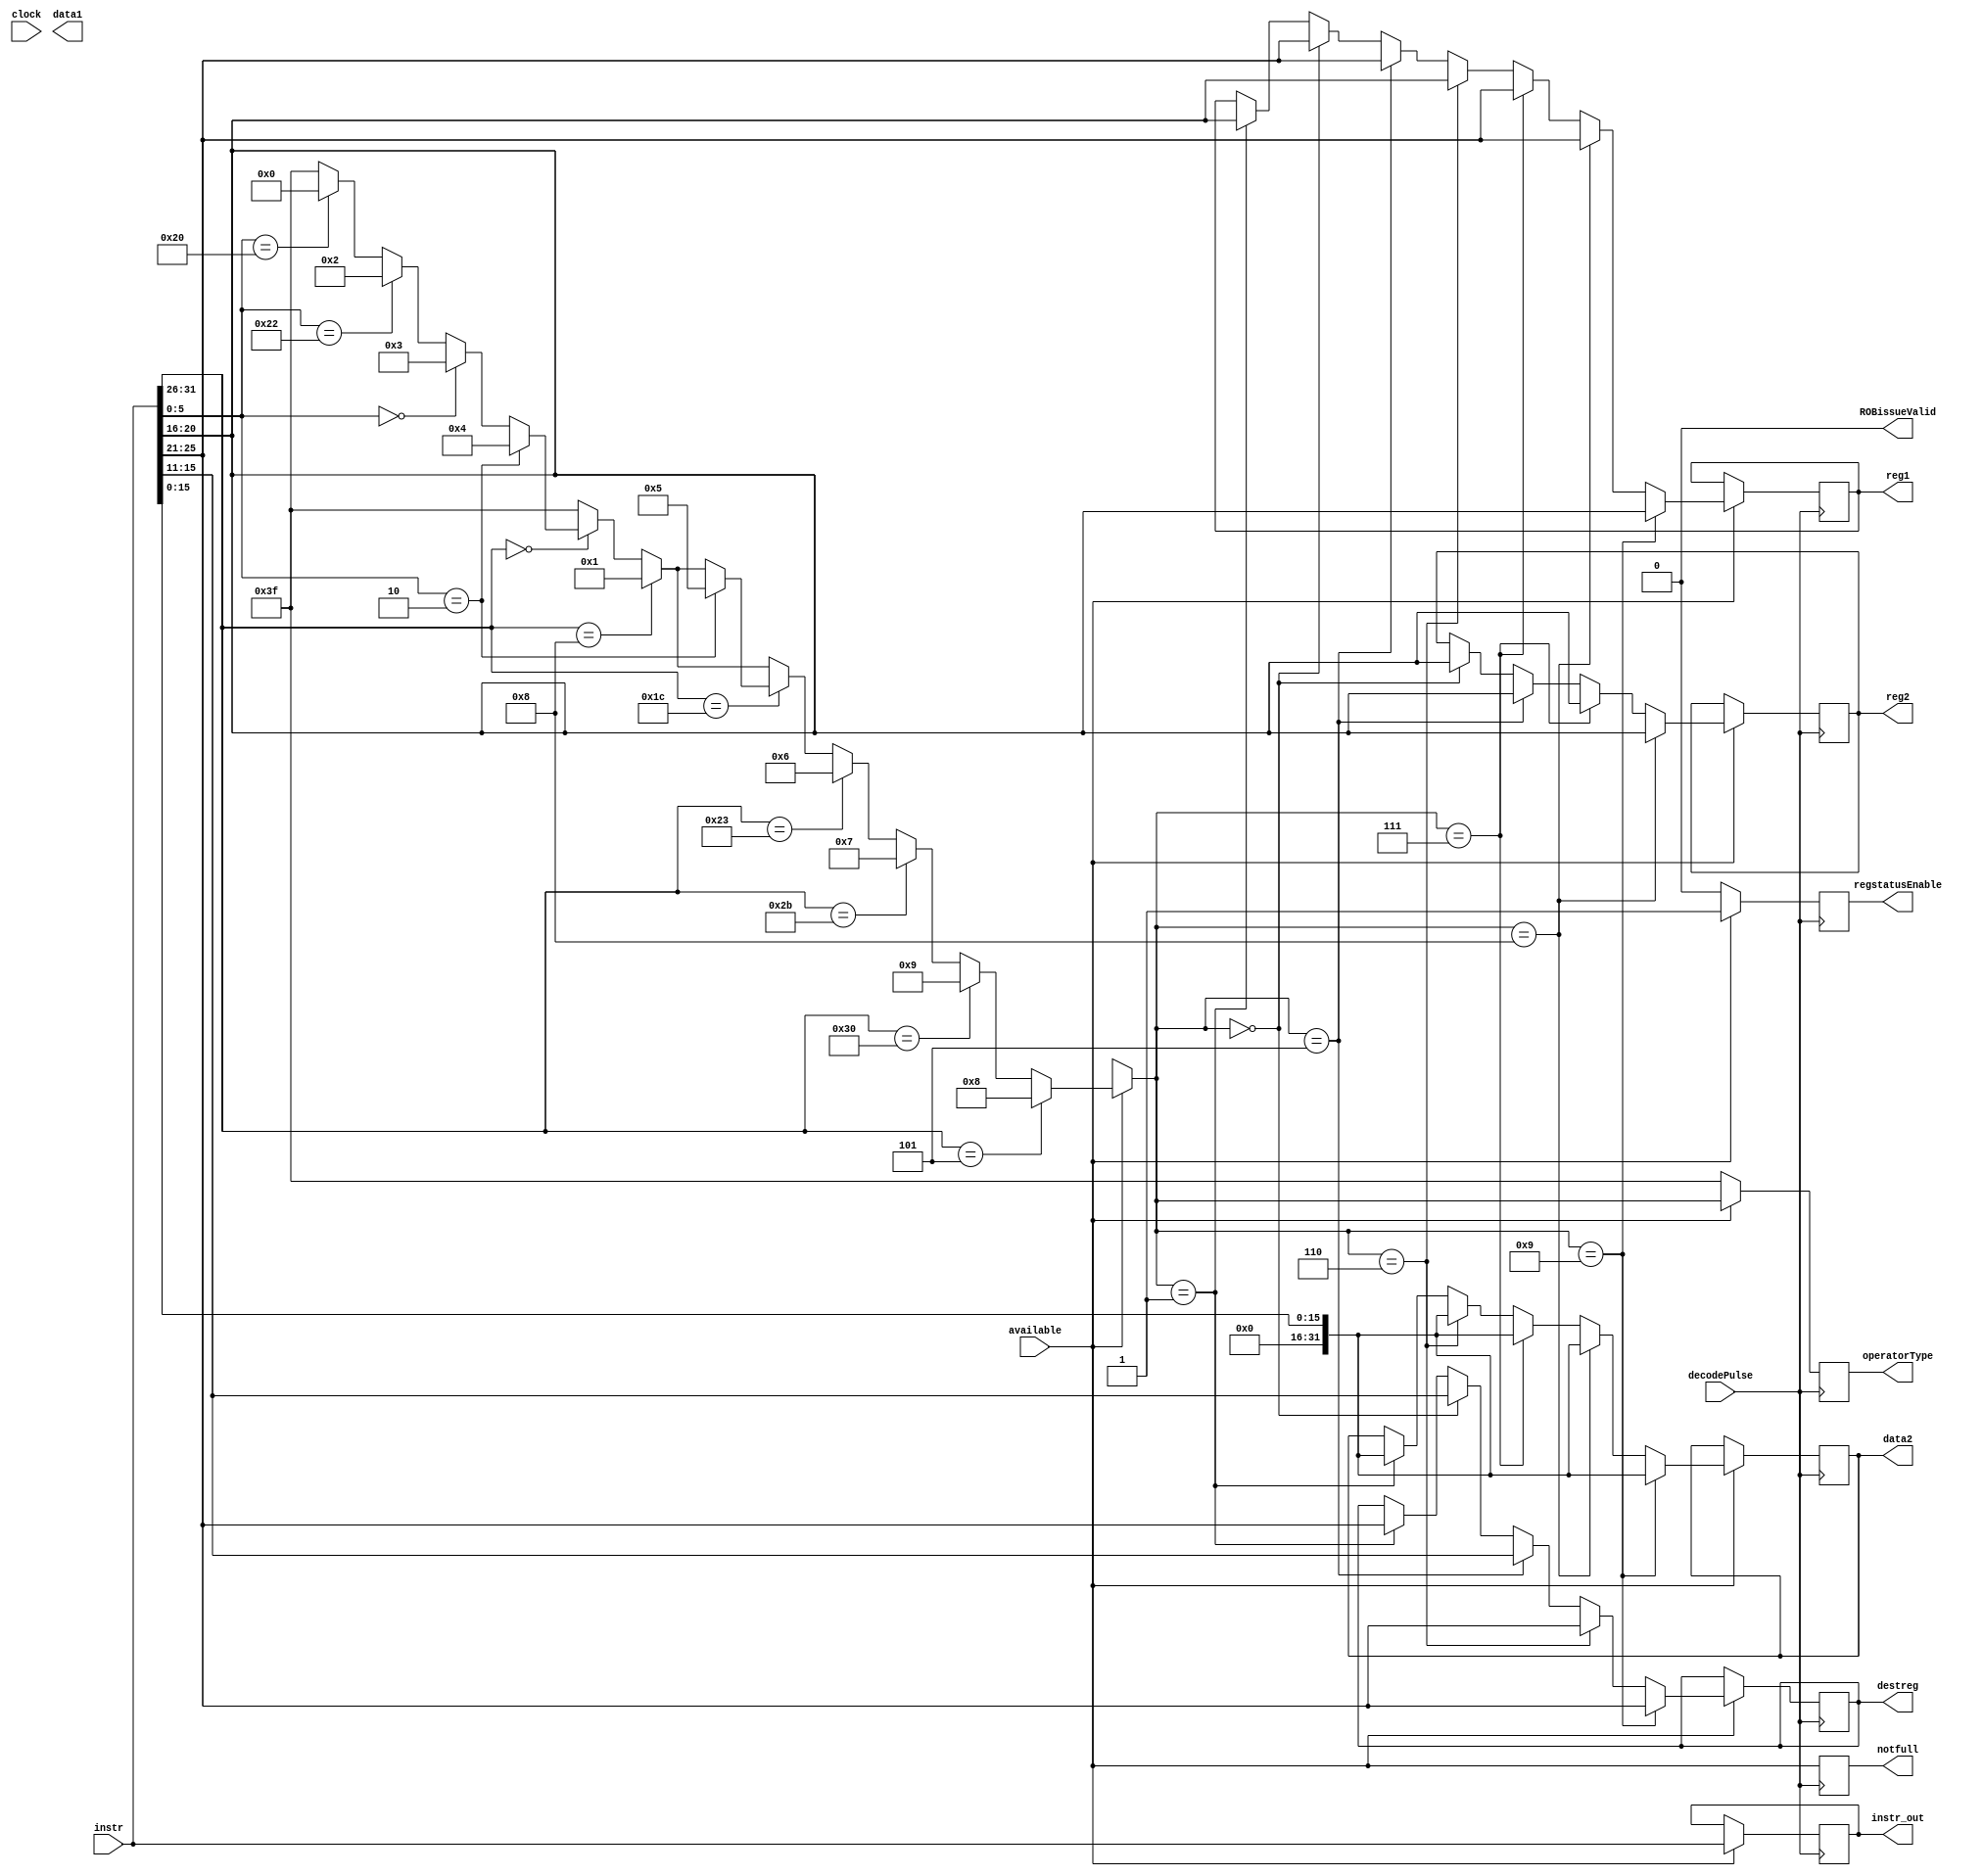
`timescale 10ps / 100fs

module instructionDecode(
	input wire clock,
	input wire decodePulse,
	input wire[31:0] instr,
	input wire available,
	
	output reg[5:0] operatorType,
	output reg[31:0] data1,
	output reg[31:0] data2,
	output reg[31:0] instr_out,
	output reg[4:0] reg1,
	output reg[4:0] reg2,
	output reg[4:0] destreg,
	
	output reg notfull,
	output reg ROBissueValid,
	
	output reg regstatusEnable
);

parameter addOp = 6'b000000;
parameter addiOp = 6'b000001;
parameter subOp = 6'b000010;
parameter sllOp = 6'b000011;
parameter srlOp = 6'b000100;
parameter mulOp = 6'b000101;
parameter lwOp = 6'b000110;
parameter swOp = 6'b000111;
parameter bneOp = 6'b001000;
parameter liOp = 6'b001001;

reg ava;

initial begin
	ROBissueValid = 1'b0;
	regstatusEnable = 1'b0;
end

always @(posedge clock) begin
	ROBissueValid = 1'b0;
end

always @(posedge decodePulse) begin
	regstatusEnable = 1'b0;

    operatorType = 6'b111111;
	//reg1 = 0; reg2 = 0;
	//data1 = 
	//ROBissueValid = 1'b0;
	ava = available;
	notfull = ava;
	if (ava == 1'b1) begin
		if (instr[31:26] == 6'b000000) begin
			if (instr[5:0] == 6'b100000) begin
				operatorType = addOp;
			end
			if (instr[5:0] == 6'b100010) begin
				operatorType = subOp;
			end
			if (instr[5:0] == 6'b000000) begin
				operatorType = sllOp;
			end
			if (instr[5:0] == 6'b000010) begin
				operatorType = srlOp;
			end
		end
		
		if (instr[31:26] == 6'b001000) begin
			operatorType = addiOp;
		end
		
		if (instr[31:26] == 6'b011100) begin
			if (instr[5:0] == 6'b000010) begin
				operatorType = mulOp;
			end
		end
		
		//$display($time, "lwOp pending %b", instr);
		if (instr[31:26] == 6'b100011) begin
			operatorType = lwOp;
		end
		
		if (instr[31:26] == 6'b101011) begin
			operatorType = swOp;
		end
		
		if (instr[31:26] == 6'b110000) begin
			operatorType = liOp;
		end
		
		if (instr[31:26] == 6'b000101) begin
			operatorType = bneOp;
		end
		
		//$display($time, ": %b %b", operatorType, instr);
		
		instr_out = instr;
		
		if (operatorType == addiOp) begin
			destreg = instr[25:21];
			reg1 = instr[20:16];
			data2 = {{16{1'b0}},{instr[15:0]}};
		end
		
		if (operatorType == addOp) begin
			reg1 = instr[25:21];
			reg2 = instr[20:16];
			destreg = instr[15:11];
		end
		
		if (operatorType == mulOp) begin
			reg1 = instr[25:21];
			reg2 = instr[20:16];
			destreg = instr[15:11];
		end
		
		if (operatorType == lwOp) begin
			destreg = instr[25:21];
			reg1 = instr[20:16];
			data2 = instr[15:0];
		end
		
		if (operatorType == swOp) begin
			reg1 = instr[25:21];
			reg2 = instr[20:16];
			data2 = instr[15:0];
		end
		
		if (operatorType == bneOp) begin
			reg1 = instr[25:21];
			reg2 = instr[20:16];
			data2 = instr[15:0];
		end
		
		if (operatorType == liOp) begin
			destreg = instr[25:21];
			reg1 = instr[20:16];
			data2 = instr[15:0];
		end
		
		regstatusEnable = 1'b1;
		ROBissueValid = 1'b1;
		//$display("regstatus: destreg = %b, reg1 = %b, reg2 = %b", destreg, reg1, reg2);
	end
end

endmodule